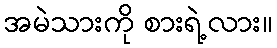
အမဲသားကို စားရဲ့လား။